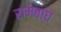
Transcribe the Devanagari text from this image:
रामबाघ